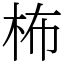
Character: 柨